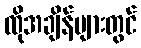
ထိုအချိန်များတွင်